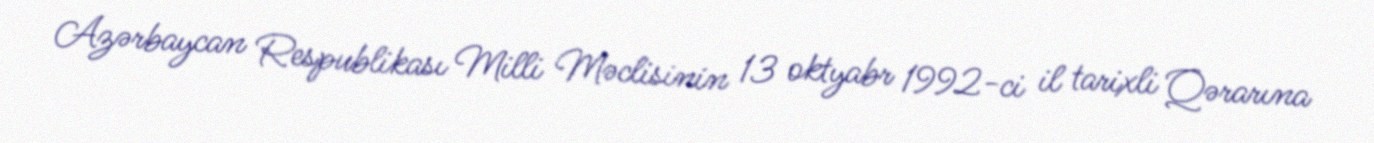
Azərbaycan Respublikası Milli Məclisinin 13 oktyabr 1992-ci il tarixli Qərarına